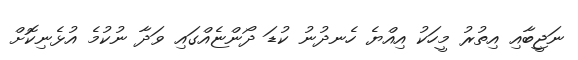
ނަޖީބާއި އިތުރު މީހަކު އިއްޔެ ހެނދުނު ކުޑަ ދޯންޏެއްގައި ވަދާ ނުކުމެ އުޅެނިކޮށް